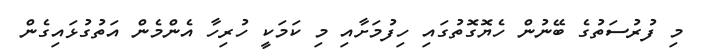
މި ފުރުސަތުގެ ބޭނުން ހެޔޮގޮތުގައި ހިފުމަށާއި މި ކަމަކީ ހުރިހާ އެންމެން އަތުގުޅައިގެން